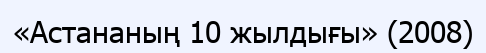
«Астананың 10 жылдығы» (2008)